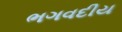
ભગવદીય